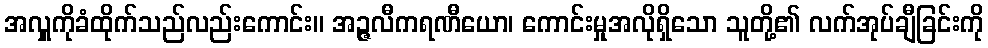
အလှူကိုခံထိုက်သည်လည်းကောင်း။ အဉ္ဇလီကရဏီယော၊ ကောင်းမှုအလိုရှိသော သူတို့၏ လက်အုပ်ချီခြင်းကို